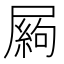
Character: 𡳍